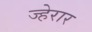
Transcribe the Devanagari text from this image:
ज्हेरार